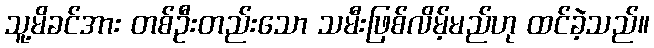
သူ့မိခင်အား တစ်ဦးတည်းသော သမီးဖြစ်လိမ့်မည်ဟု ထင်ခဲ့သည်။